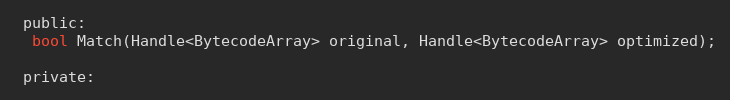
Language: C
 public:
  bool Match(Handle<BytecodeArray> original, Handle<BytecodeArray> optimized);

 private: